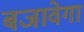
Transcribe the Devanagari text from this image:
बजावेगा